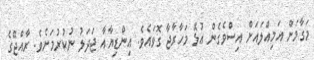
މަގާމަށް އަމިއްލައަށް އިސްވެގެން އުޅޭ މަހާރާޖާ ގޮވައެވެ. އިންޑިޔާއާ ޖަދަލު ނުކުރުމަށެވެ. ރާއްޖޭގެ